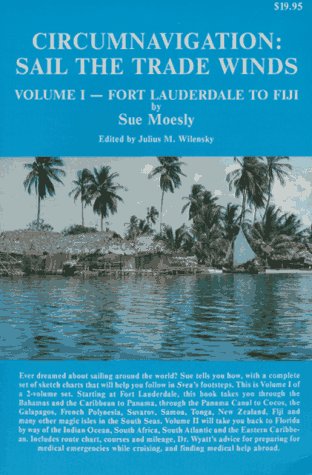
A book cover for Circumnavigation: Sail the Trade Winds : Volume 1, Fort Lauderdale to Fiji; Sue Moesly; Travel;